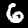
Digit: 6